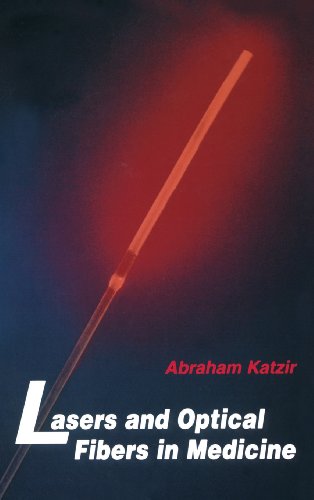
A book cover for Lasers and Optical Fibers in Medicine (Physical Techniques in Biology and Medicine); Abraham Katzir; Medical Books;